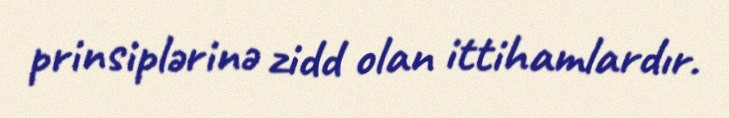
prinsiplərinə zidd olan ittihamlardır.